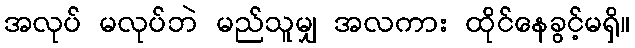
အလုပ် မလုပ်ဘဲ မည်သူမျှ အလကား ထိုင်နေခွင့်မရှိ။